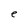
Character: e